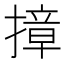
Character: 𭢓